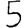
Digit: 5